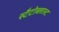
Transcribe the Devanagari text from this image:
स्टैटोब्लास्ट